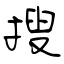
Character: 搜